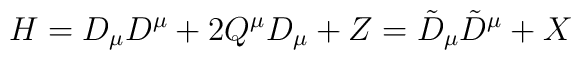
H = D_{\mu} D^{\mu} + 2 Q^{\mu} D_{\mu} + Z      = \tilde{D}_{\mu} \tilde{D}^{\mu} + X